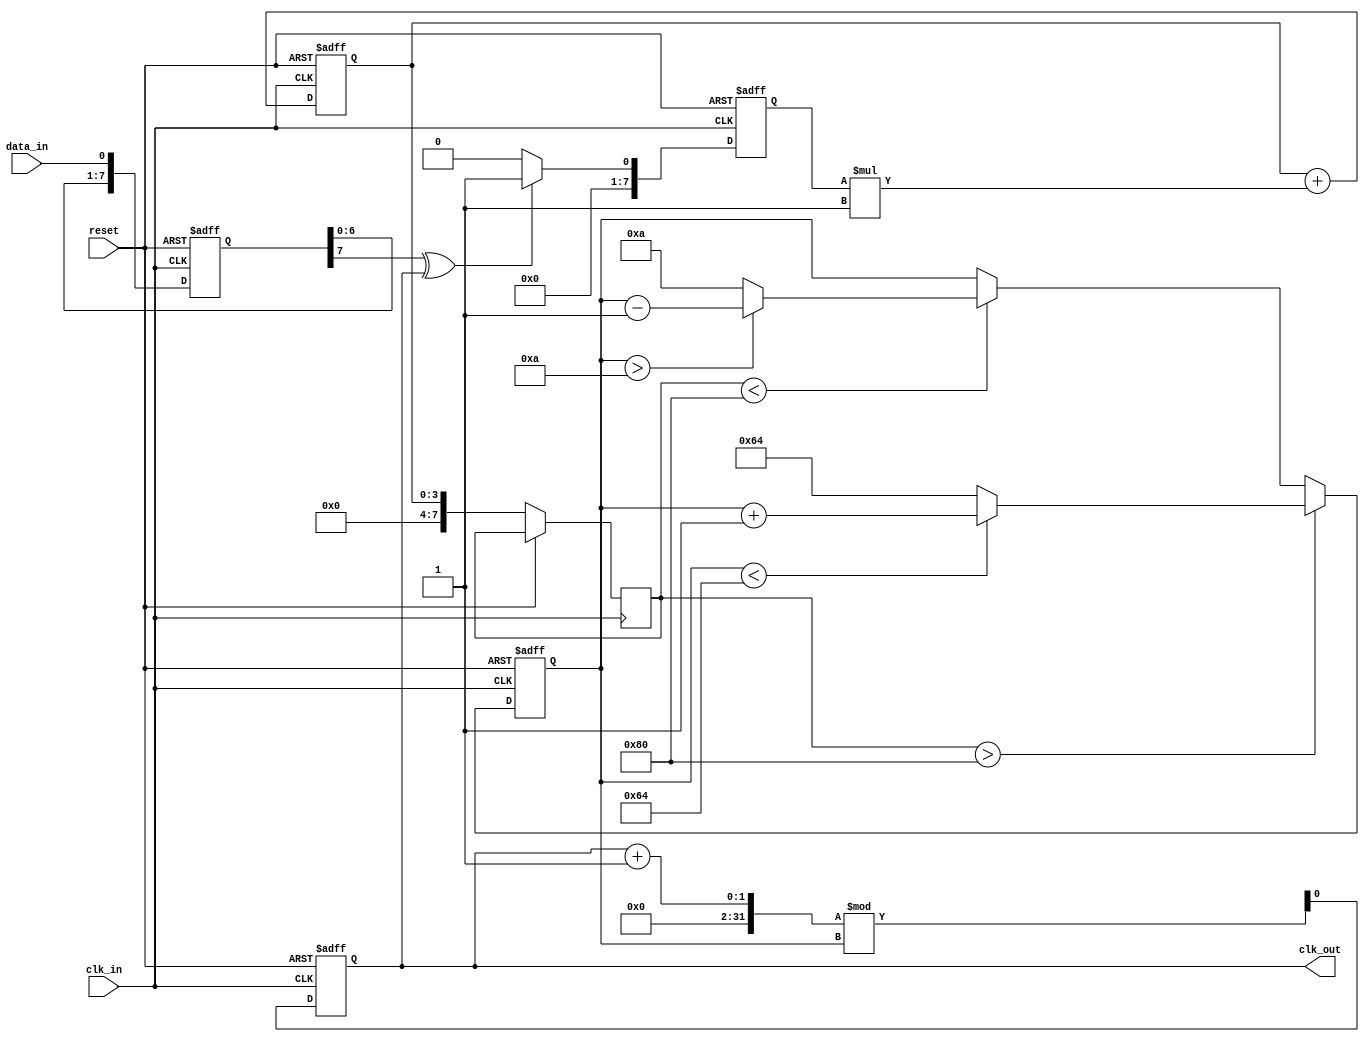
module clock_recovery_pll (
    input wire clk_in,          // Incoming data clock
    input wire data_in,         // Incoming data signal
    output reg clk_out,         // Output clock signal
    input wire reset            // Reset signal
);

// Parameters
parameter MEMORY_SIZE = 8;    // Size of memory blocks
parameter VCO_MAX_FREQ = 100; // Max frequency for VCO
parameter VCO_MIN_FREQ = 10;  // Min frequency for VCO
parameter LOOP_FILTER_GAIN = 1; // Gain for loop filter

// Internal signals
reg [MEMORY_SIZE-1:0] phase_memory; // Memory blocks for phase information
reg [7:0] phase_error;               // Phase error signal
reg [7:0] control_voltage;            // Control voltage for VCO
reg [7:0] vco_freq;                  // Frequency of VCO
reg [3:0] loop_filter;               // Loop filter output

// Phase Detector
always @(posedge clk_in or posedge reset) begin
    if (reset) begin
        phase_memory <= 0;
        phase_error <= 0;
    end else begin
        // Simple phase detection logic
        phase_memory <= {phase_memory[MEMORY_SIZE-2:0], data_in};
        phase_error <= (phase_memory[MEMORY_SIZE-1] ^ clk_out) ? 1 : 0; // Example phase error
    end
end

// Loop Filter
always @(posedge clk_in or posedge reset) begin
    if (reset) begin
        loop_filter <= 0;
    end else begin
        loop_filter <= loop_filter + (phase_error * LOOP_FILTER_GAIN);
        control_voltage <= loop_filter; // Update control voltage
    end
end

// Voltage-Controlled Oscillator (VCO)
always @(posedge clk_in or posedge reset) begin
    if (reset) begin
        vco_freq <= VCO_MIN_FREQ;
        clk_out <= 0;
    end else begin
        // Adjust VCO frequency based on control voltage
        if (control_voltage > 128) begin
            vco_freq <= (vco_freq < VCO_MAX_FREQ) ? vco_freq + 1 : VCO_MAX_FREQ;
        end else if (control_voltage < 128) begin
            vco_freq <= (vco_freq > VCO_MIN_FREQ) ? vco_freq - 1 : VCO_MIN_FREQ;
        end

        // Generate output clock based on VCO frequency
        clk_out <= (clk_out + 1) % vco_freq; // Simplified clock generation
    end
end

endmodule